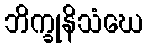
ဘိက္ခုနိသံဃေ